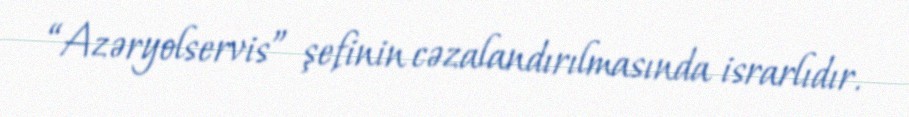
“Azəryolservis” şefinin cəzalandırılmasında israrlıdır.